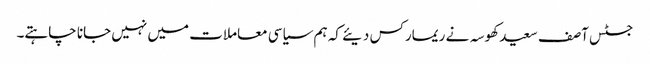
جسٹس آصف سعید کھوسہ نے ریمارکس دیئے کہ ہم سیاسی معاملات میں نہیں جانا چاہتے۔